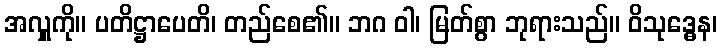
အလှူကို။ ပတိဋ္ဌာပေတိ၊ တည်စေ၏။ ဘဂ ဝါ၊ မြတ်စွာ ဘုရားသည်။ ဝိသုဒ္ဓေန၊